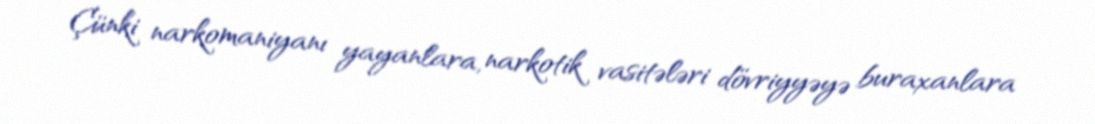
Çünki narkomaniyanı yayanlara, narkotik vasitələri dövriyyəyə buraxanlara